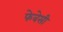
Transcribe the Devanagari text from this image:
फेबेसी